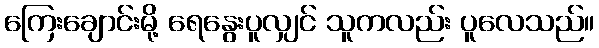
ကြေးချောင်းမို့ ရေနွေးပူလျှင် သူကလည်း ပူလေသည်။